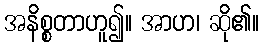
အနိစ္စတာဟူ၍။ အာဟ၊ ဆို၏။